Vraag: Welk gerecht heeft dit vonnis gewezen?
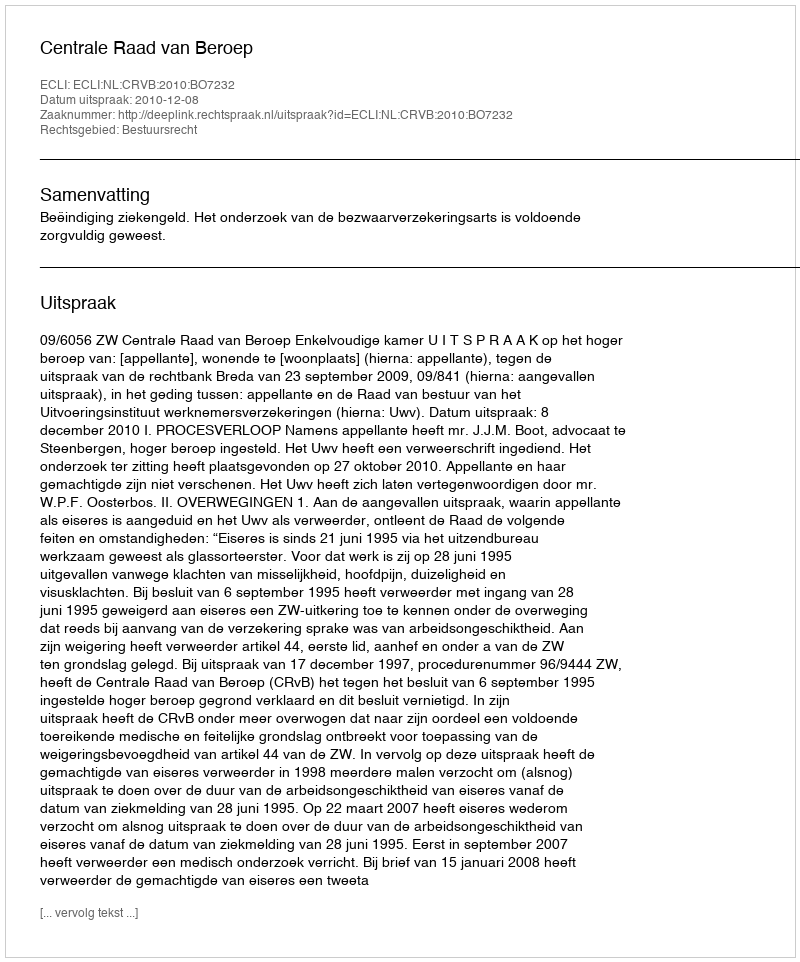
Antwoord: Centrale Raad van Beroep